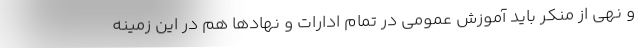
و نهی از منکر باید آموزش عمومی در تمام ادارات و نهادها هم در این زمینه